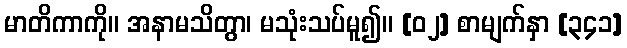
မာတိကာကို။ အနာမသိတွာ၊ မသုံးသပ်မူ၍။ [၀၂] စာမျက်နှာ [၃၄၁]